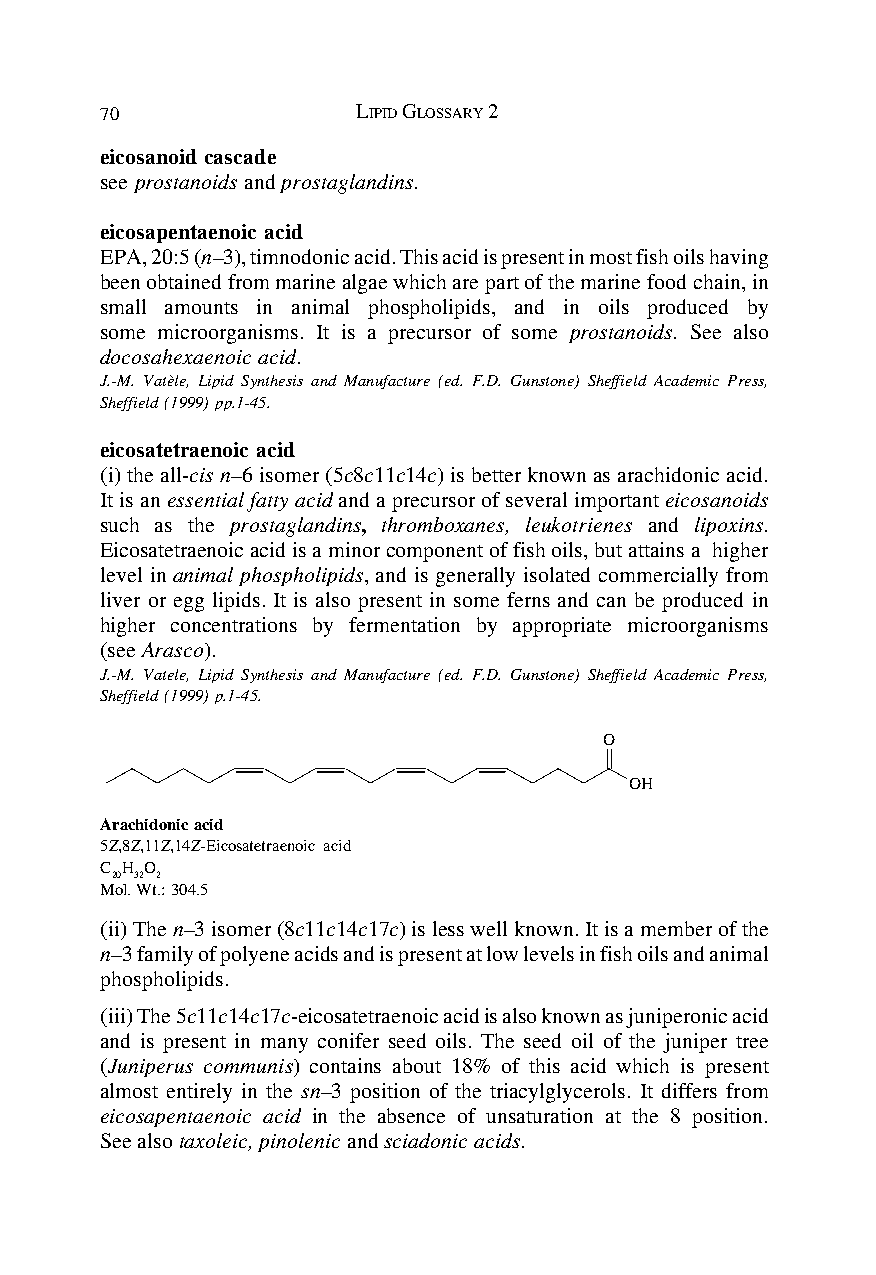
70               LIPID GLOSSARY 2
 eicosanoid cascade
 see prostanoids and prostaglandins.
 eicosapentaenoic acid
 EPA, 20:5 (n–3), timnodonic acid. This acid is present in most fish oils having
 been obtained from marine algae which are part of the marine food chain, in
 small amounts in animal phospholipids, and in oils produced by
 some microorganisms. It is a precursor of some prostanoids. See also
 docosahexaenoic acid.
 J.-M. Vatèle, Lipid Synthesis and Manufacture (ed. F.D. Gunstone) Sheffield Academic Press,
 Sheffield (1999) pp.1-45.
 eicosatetraenoic acid
 (i) the all-cis n–6 isomer (5c8c11c14c) is better known as arachidonic acid.
 It is an essential fatty acid and a precursor of several important eicosanoids
 such as the prostaglandins, thromboxanes, leukotrienes and lipoxins.
 Eicosatetraenoic acid is a minor component of fish oils, but attains a higher
 level in animal phospholipids, and is generally isolated commercially from
 liver or egg lipids. It is also present in some ferns and can be produced in
 higher concentrations by fermentation by appropriate microorganisms
 (see Arasco).
 J.-M. Vatele, Lipid Synthesis and Manufacture (ed. F.D. Gunstone) Sheffield Academic Press,
 Sheffield (1999) p.1-45.
 O
 OH
 Arachidonic acid
 5Z,8Z,11Z,14Z-Eicosatetraenoic acid
 C H O
 20 32 2
 Mol. Wt.: 304.5
 (ii) The n–3 isomer (8c11c14c17c) is less well known. It is a member of the
 n–3 family of polyene acids and is present at low levels in fish oils and animal
 phospholipids.
 (iii) The 5c11c14c17c-eicosatetraenoic acid is also known as juniperonic acid
 and is present in many conifer seed oils. The seed oil of the juniper tree
 (Juniperus communis) contains about 18% of this acid which is present
 almost entirely in the sn–3 position of the triacylglycerols. It differs from
 eicosapentaenoic acid in the absence of unsaturation at the 8 position.
 See also taxoleic, pinolenic and sciadonic acids.